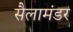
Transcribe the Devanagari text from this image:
सैलामंडर